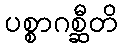
ပစ္စာဂစ္ဆီတိ